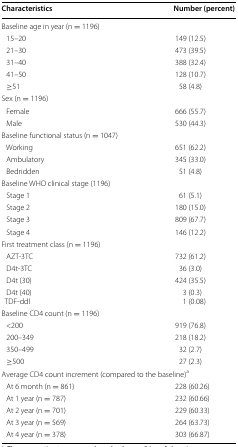
<table><thead><tr><td><b>Characteristics</b></td><td><b>Number (percent)</b></td></tr></thead><tbody><tr><td colspan="2">Baseline age in year (n = 1196)</td></tr><tr><td> 15–20</td><td>149 (12.5)</td></tr><tr><td> 21–30</td><td>473 (39.5)</td></tr><tr><td> 31–40</td><td>388 (32.4)</td></tr><tr><td> 41–50</td><td>128 (10.7)</td></tr><tr><td> ≥51</td><td>58 (4.8)</td></tr><tr><td colspan="2">Sex (n = 1196)</td></tr><tr><td> Female</td><td>666 (55.7)</td></tr><tr><td> Male</td><td>530 (44.3)</td></tr><tr><td colspan="2">Baseline functional status (n = 1047)</td></tr><tr><td> Working</td><td>651 (62.2)</td></tr><tr><td> Ambulatory</td><td>345 (33.0)</td></tr><tr><td> Bedridden</td><td>51 (4.8)</td></tr><tr><td colspan="2">Baseline WHO clinical stage (1196)</td></tr><tr><td> Stage 1</td><td>61 (5.1)</td></tr><tr><td> Stage 2</td><td>180 (15.0)</td></tr><tr><td> Stage 3</td><td>809 (67.7)</td></tr><tr><td> Stage 4</td><td>146 (12.2)</td></tr><tr><td colspan="2">First treatment class (n = 1196)</td></tr><tr><td> AZT-3TC</td><td>732 (61.2)</td></tr><tr><td> D4t-3TC</td><td>36 (3.0)</td></tr><tr><td> D4t (30)</td><td>424 (35.5)</td></tr><tr><td> D4t (40)TDF-ddl</td><td>3 (0.3)1 (0.08)</td></tr><tr><td colspan="2">Baseline CD4 count (n = 1196)</td></tr><tr><td> &lt;200</td><td>919 (76.8)</td></tr><tr><td> 200–349</td><td>218 (18.2)</td></tr><tr><td> 350–499</td><td>32 (2.7)</td></tr><tr><td> ≥500</td><td>27 (2.3)</td></tr><tr><td colspan="2">Average CD4 count increment (compared to the baseline)<sup>a</sup></td></tr><tr><td> At 6 month (n = 861)</td><td>228 (60.26)</td></tr><tr><td> At 1 year (n = 787)</td><td>232 (60.66)</td></tr><tr><td> At 2 year (n = 701)</td><td>229 (60.33)</td></tr><tr><td> At 3 year (n = 569)</td><td>264 (63.73)</td></tr><tr><td> At 4 year (n = 378)</td><td>303 (66.87)</td></tr></tbody></table>